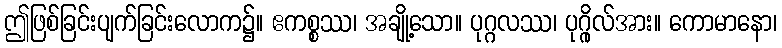
ဤဖြစ်ခြင်းပျက်ခြင်းလောက၌။ ဧကစ္စဿ၊ အချို့သော။ ပုဂ္ဂလဿ၊ ပုဂ္ဂိုလ်အား။ ကောမာနော၊